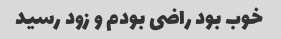
خوب بود راضی بودم و زود رسید